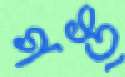
গঙ্